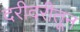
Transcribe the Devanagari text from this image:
दरीदरीतून